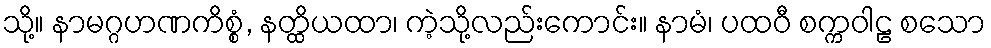
သို့။ နာမဂ္ဂဟဏကိစ္စံ, နတ္ထိယထာ၊ ကဲ့သို့လည်းကောင်း။ နာမံ၊ ပထဝီ စက္ကဝါဠ စသော